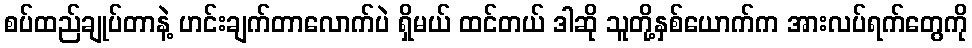
စပ်ထည်ချုပ်တာနဲ့ ဟင်းချက်တာလောက်ပဲ ရှိမယ် ထင်တယ် ဒါဆို သူတို့နှစ်ယောက်က အားလပ်ရက်တွေကို